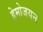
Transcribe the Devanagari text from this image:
हेमोजयन